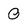
Character: 0